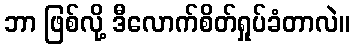
ဘာ ဖြစ်လို့ ဒီလောက်စိတ်ရှုပ်ခံတာလဲ။